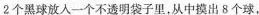
2个黑球放入一个不透明袋子里，从中摸出8个球，